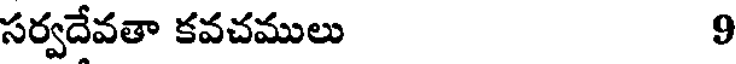
సర్వదేవతా కవచములు 9